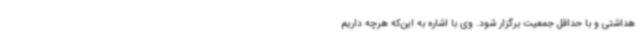
هداشتی و با حداقل جمعیت برگزار شود. وی با اشاره به این‌که هرچه داریم